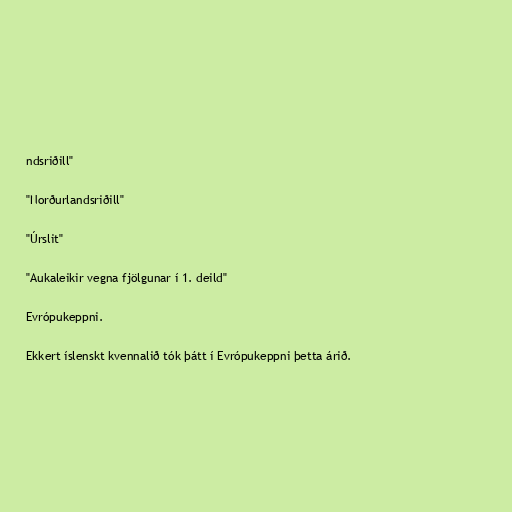
ndsriðill"

"Norðurlandsriðill"

"Úrslit"

"Aukaleikir vegna fjölgunar í 1. deild"

Evrópukeppni.

Ekkert íslenskt kvennalið tók þátt í Evrópukeppni þetta árið.